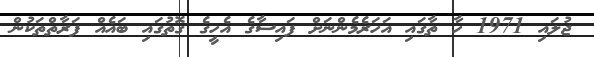
ޖުލައި 1971 ހާ ތާގައި އަހަރެމެންނަށް ފައިސާގެ އެހީގެ ގޮތުގައި ބައެއް ފަރާތްތަކުން